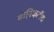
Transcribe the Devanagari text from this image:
मानिकटॉश